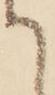
て